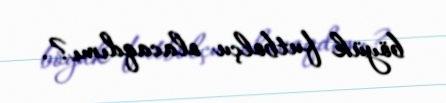
böyük futbolçu olacaqdımı?.